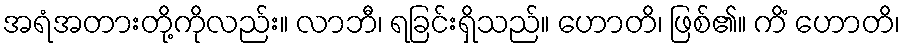
အရံအတားတို့ကိုလည်း။ လာဘီ၊ ရခြင်းရှိသည်။ ဟောတိ၊ ဖြစ်၏။ ကိံ ဟောတိ၊